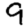
Digit: 9